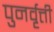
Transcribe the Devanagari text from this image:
पुनर्वृत्ती